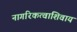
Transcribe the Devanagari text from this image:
नागरिकत्वाशिवाय